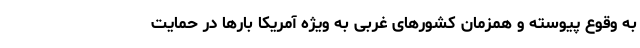
به وقوع پیوسته و همزمان کشورهای غربی به ویژه آمریکا بارها در حمایت